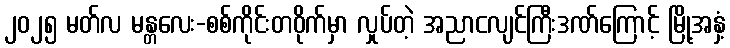
၂၀၂၅ မတ်လ မန္တလေး-စစ်ကိုင်းတဝိုက်မှာ လှုပ်တဲ့ အညာငလျင်ကြီးဒဏ်ကြောင့် မြို့အနှံ့